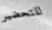
للتحضير